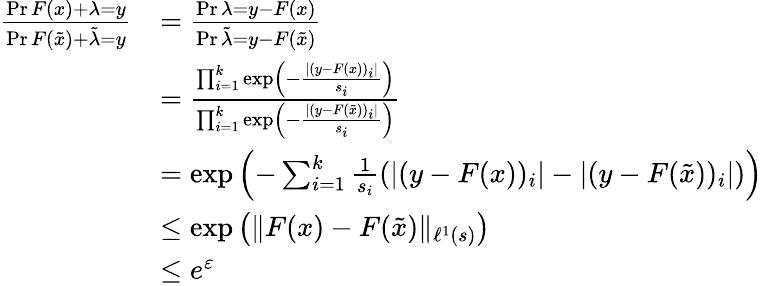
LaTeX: \begin{array}{rl}{\frac{\operatorname*{Pr}{F(x)+\lambda=y}}{\operatorname*{Pr}{F(\tilde{x})+\tilde{\lambda}=y}}}&{=\frac{\operatorname*{Pr}{\lambda=y-F(x)}}{\operatorname*{Pr}{{\tilde{\lambda}}={y-F(\tilde{x})}}}}\\ &{=\frac{\prod_{i=1}^{k}\exp\left(-\frac{|(y-F(x))_{i}|}{s_{i}}\right)}{\prod_{i=1}^{k}\exp\left(-\frac{|(y-F(\tilde{x}))_{i}|}{s_{i}}\right)}}\\ &{=\exp\left(-\sum_{i=1}^{k}\frac{1}{s_{i}}\left(|(y-F(x))_{i}|-|(y-F(\tilde{x}))_{i}|\right)\right)}\\ &{\leq\exp\left(\| F(x)-F(\tilde{x})\| _{\ell^{1}(s)}\right)}\\ &{\leq e^{\varepsilon}}\end{array}